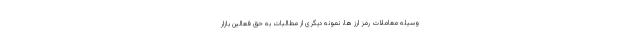
وسیله معاملات رمز ارز ها، نمونه دیگری از مطالبات به حق فعالین بازار